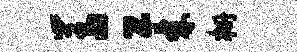
羞工棘栅